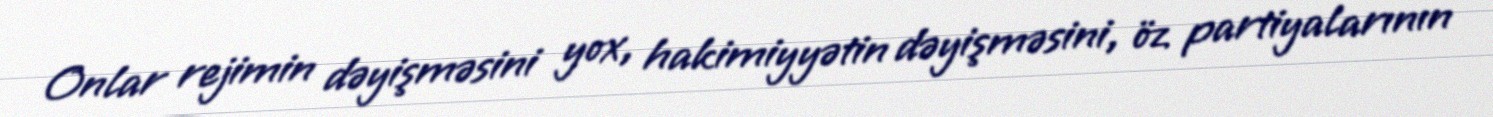
Onlar rejimin dəyişməsini yox, hakimiyyətin dəyişməsini, öz partiyalarının